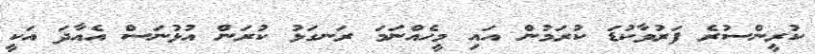
ކުރީންސުރެ ފަރުވާކުޑަ ކުރަމުން އައި މީހެއްނަމަ ރަނގަޅު ކުރަން އުޅުނަސް އެއާދަ އަކީ